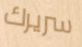
سريرك